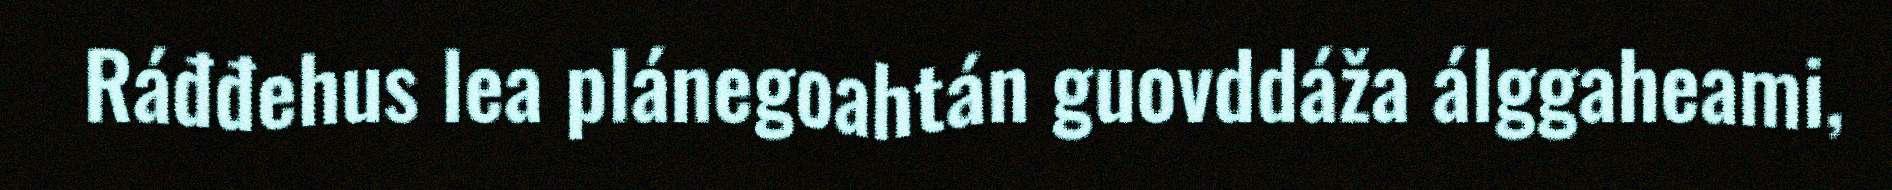
Ráđđehus lea plánegoahtán guovddáža álggaheami,